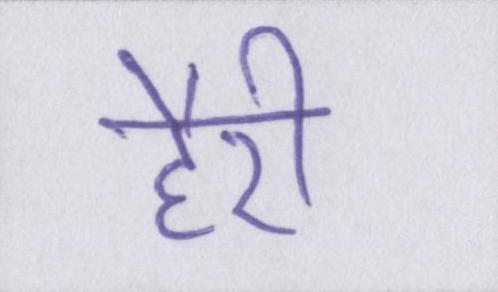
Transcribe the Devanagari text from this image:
हैरी